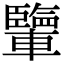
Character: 𨏊